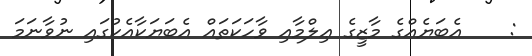
:    އެބަޔެއްގެ މާޒީގެ ޢިލްމާއި ވާހަކަތައް އެބަޔަކާއެކުގައި ނުވާނަމަ